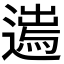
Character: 𨖮